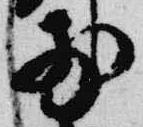
前